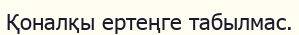
Қоналқы ертеңге табылмас.